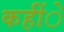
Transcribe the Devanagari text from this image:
कहींे